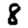
Digit: 8